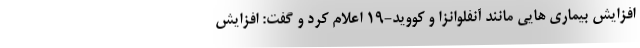
افزایش بیماری هایی مانند آنفلوانزا و کووید-۱۹ اعلام کرد و گفت: افزایش